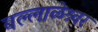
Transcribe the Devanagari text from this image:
बल्लाळेश्र्वर